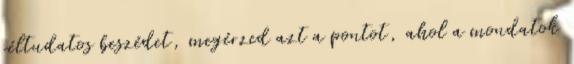
céltudatos beszédet, megérzed azt a pontot, ahol a mondatok